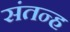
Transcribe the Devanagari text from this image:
संतन्ह